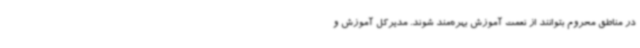
در مناطق محروم بتوانند از نعمت آموزش بهره‌مند شوند. مدیرکل آموزش و